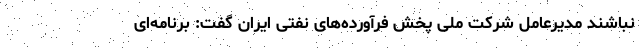
نباشند مدیرعامل شرکت ملی پخش فرآورده‌های نفتی ایران گفت: برنامه‌ای